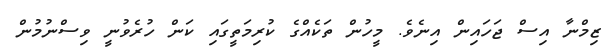
ޒިމްނާ އިސް ޖަހައިން އިނެވެ. މީހުން ތަކެއްގެ ކުރިމަތީގައި ކަން ހުރެވުނީ ވިސްނުމުން